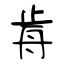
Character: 歬